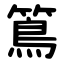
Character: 䉆